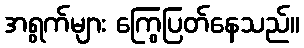
အရွက်များ ကြွေပြတ်နေသည်။